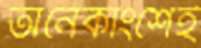
অনেকাংশেই